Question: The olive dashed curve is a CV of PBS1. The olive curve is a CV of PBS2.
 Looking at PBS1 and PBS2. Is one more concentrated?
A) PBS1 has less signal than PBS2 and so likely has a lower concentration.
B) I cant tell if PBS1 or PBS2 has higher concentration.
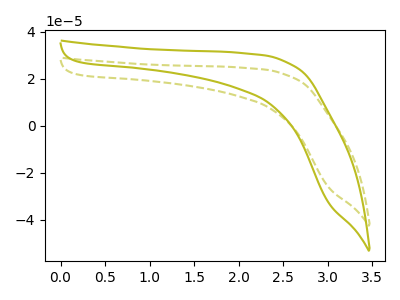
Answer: <think>The olive dashed curve "PBS1" has no peaks. The olive curve "PBS2" has no peaks.
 Neither "PBS1" or "PBS2" have any peaks.</think>
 <answer>B) I cant tell if "PBS1" or "PBS2" has higher concentration.</answer>
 <eval>B</eval>